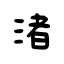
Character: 渚